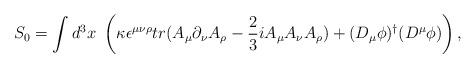
LaTeX: \begin{align*}S_0 = \int d^3 x~ \left( \kappa \epsilon^{\mu\nu\rho} tr( A_{\mu}\partial_{\nu}A_{\rho} - \frac{2}{3}iA_{\mu}A_{\nu}A_{\rho} ) + (D_{\mu}\phi)^{\dagger} (D^{\mu}\phi) \right),\end{align*}